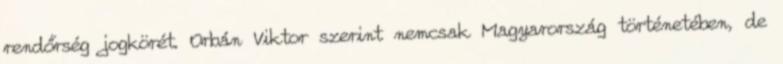
rendőrség jogkörét. Orbán Viktor szerint nemcsak Magyarország történetében, de